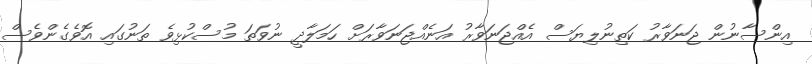
އިންސާނުން ޖަނަވާރު ކަތިނުލިޔަސް އެއްޖަނަވާރު އަނެއްޖަނަވާރަށް ހަމަލާދީ ނުވަތަ މުސްކުޅިވެ ތަނުގައި އޮވެގެންވެސް